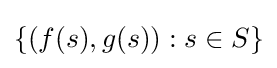
\{(f(s),g(s)):s\in S\}